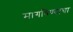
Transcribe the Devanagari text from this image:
मागविण्याचा